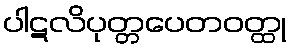
ပါဋလိပုတ္တပေတဝတ္ထု